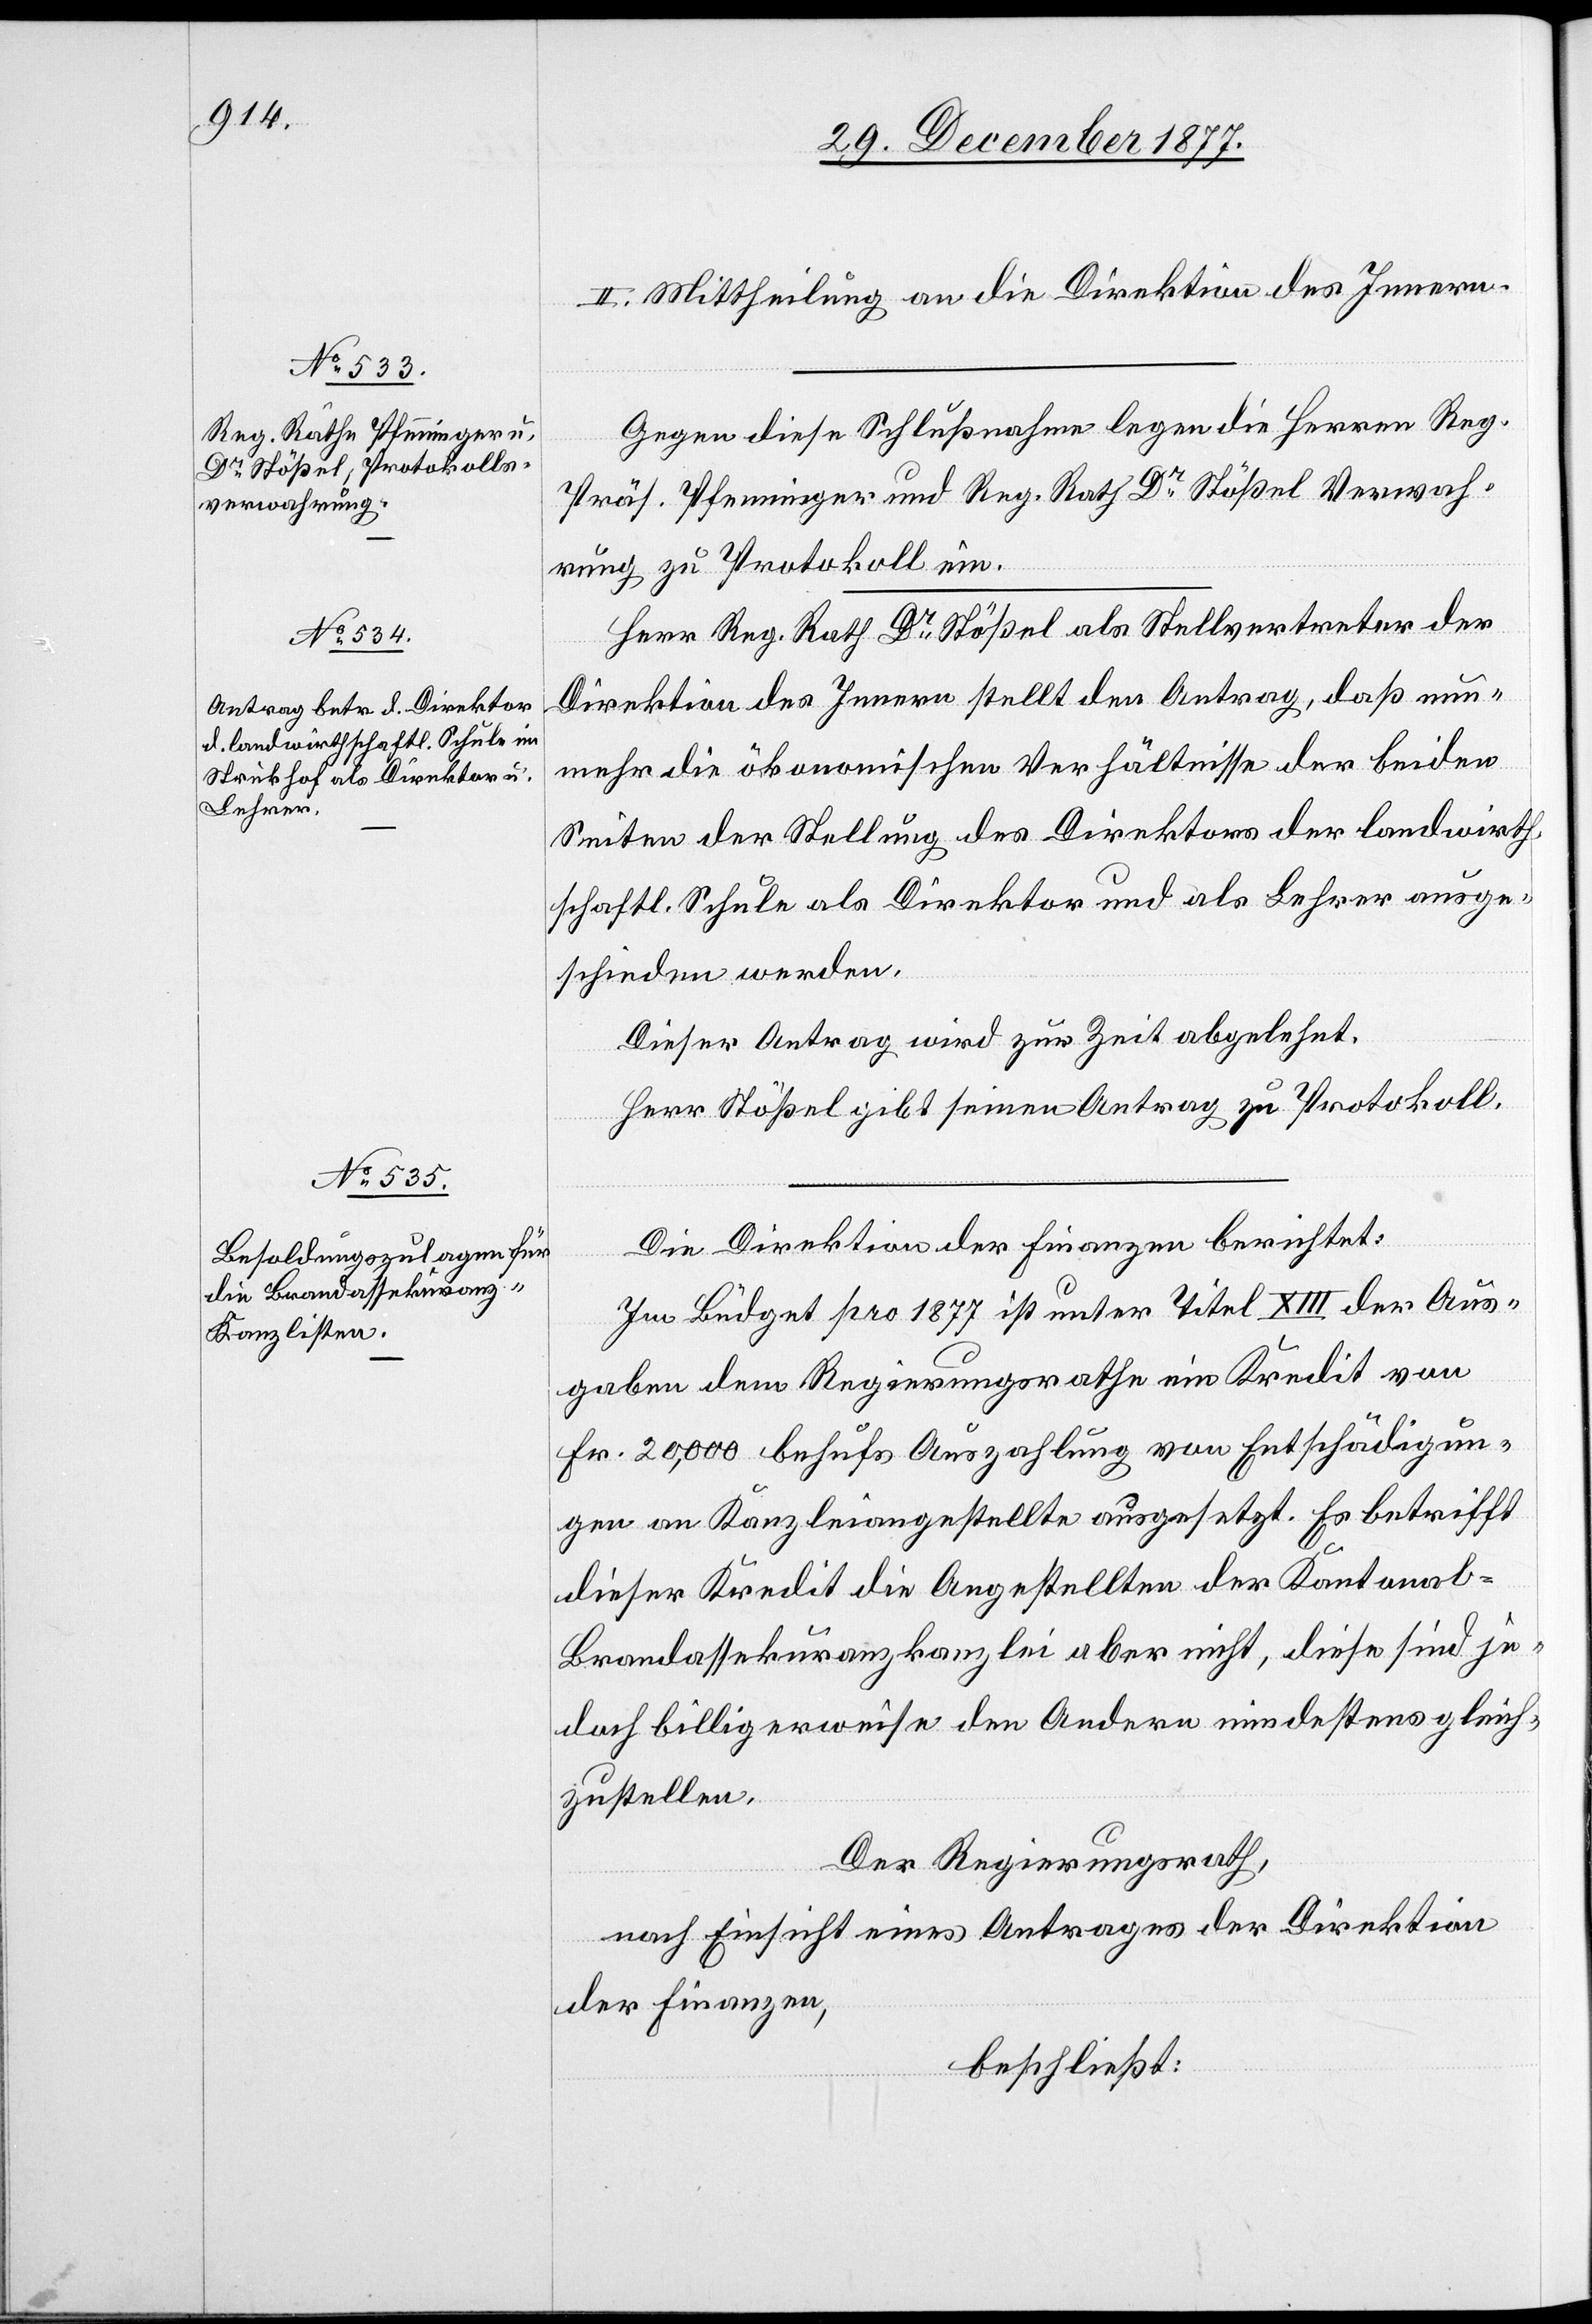
II. Mittheilung an die Direktion des Innern.
Gegen diese Schlußnahme legen die Herren Reg.
Präs. Pfenninger und Reg. Rath Dr Stößel Verwah¬
rung zu Protokoll ein.
Herr Reg. Rath Dr Stößel als Stellvertreter der
Direktion des Innern stellt den Antrag, daß nun¬
mehr die ökonomischen Verhältnisse der beiden
Seiten der Stellung des Direktors der landwirth¬
schaftl. Schule als Direktor und als Lehrer ausge¬
schieden werden.
Dieser Antrag wird zur Zeit abgelehnt.
Herr Stößel gibt seinen Antrag zu Protokoll.
Die Direktion der Finanzen berichtet:
Im Büdget pro 1877 ist unter Titel XIII der Aus¬
gaben dem Regierungsrathe ein Kredit von
Fr. 20,000 behufs Auszahlung von Entschädigun¬
gen an Kanzleiangestellte ausgesetzt. Es betrifft
dieser Kredit die Angestellten der Kantonal-B¬
randassekuranzkanzlei aber nicht, diese sind je¬
doch billigerweise den Andern mindestens gleich¬
zustellen.
Der Regierungsrath,
nach Einsicht eines Antrages der Direktion
der Finanzen,
beschließt: